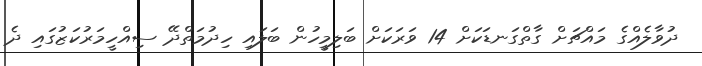
ދުވާލެއްގެ މައްޗަށް ގާތްގަނޑަކަށް 14 ވަރަކަށް ބަލިމީހުން ބަލައި ހިދުމަތްދޭ ސިއްހީމަރުކަޒުގައި ދެ